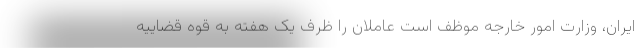
ایران، وزارت امور خارجه موظف است عاملان را ظرف یک هفته به قوه قضاییه